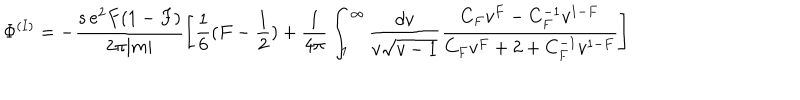
{ \Phi } ^ { ( I ) } = - \frac { s \, e ^ { 2 } F ( 1 - F ) } { 2 \pi | m | } \left[ \frac { 1 } { 6 } ( F - \frac { 1 } { 2 } ) + \frac { 1 } { 4 \pi } \int _ { 1 } ^ { \infty } \frac { d v } { v { \sqrt { v - 1 } } } \frac { C _ { F } v ^ { F } - C _ { F } ^ { - 1 } v ^ { 1 - F } } { C _ { F } v ^ { F } + 2 + C _ { F } ^ { - 1 } v ^ { 1 - F } } \right]